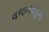
વજનવહન